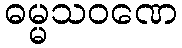
ဓမ္မသဝဏေ